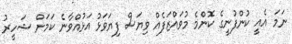
ނަމަ އެއީ ކުންފުނީގެ ކޮންމެ މުވައްޒަފެއް ވިޔަސް ފިޔަވަޅު އަޅުއްވާނެ ކަމަށް ޝަހީރު